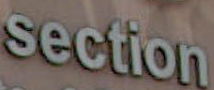
section